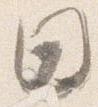
日